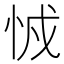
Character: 㤜